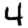
Digit: 4